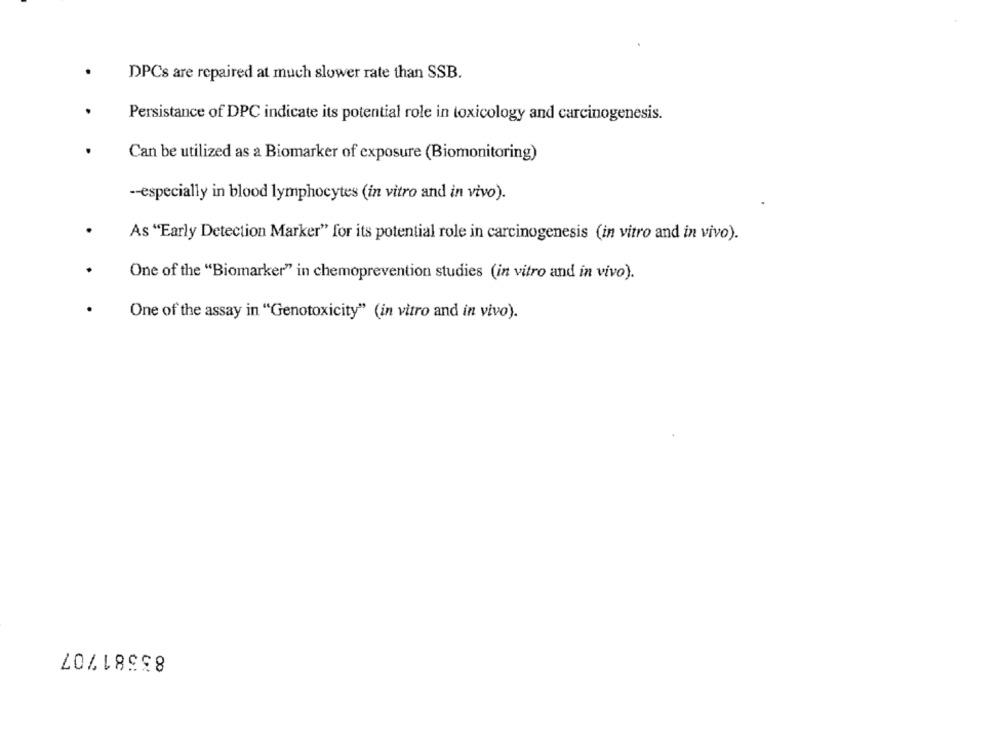
DPCs are repaired at much slower rate than SSB.
Persistance of DPC indicate its potential role in toxicology and carcinogenesis.
Can be utilized as a Biomarker of exposure (Biomonitoring)
-- especially in blood lymphocytes (in vitro and in vivo).
As "Early Detection Marker" for its potential role in carcinogenesis (in vitro and in vivo).
One of the "Biomarker" in chemoprevention studies (in vitro and in vivo).
One of the assay in "Genotoxicity" (in vitro and in vivo).
83581707